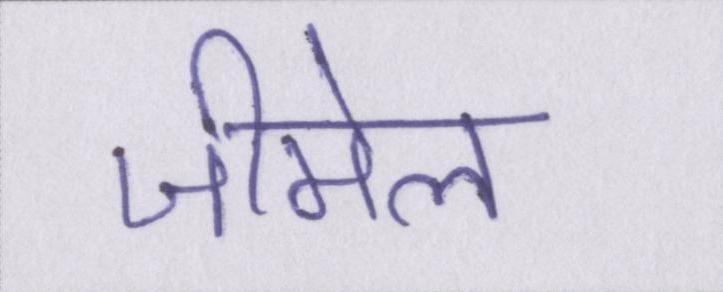
जीमेल